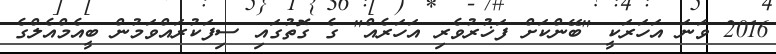
2016 ވަނަ އަހަރަކީ "ބޭންކަށް ފަޚުރުވެރި އަހަރެއް" ގެ ގޮތުގައި ސިފަކުރައްވަމުން ބީއެމްއެލްގެ